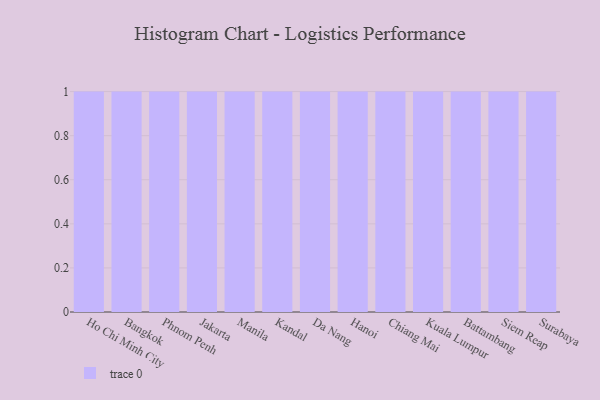
{"axis": {"x": "City", "y": "Waste Production (Tons)"}, "legend": [""], "data": [{"x": "Ho Chi Minh City", "y": 1, "type": ""}, {"x": "Bangkok", "y": 72, "type": ""}, {"x": "Phnom Penh", "y": 17, "type": ""}, {"x": "Jakarta", "y": 93, "type": ""}, {"x": "Manila", "y": 41, "type": ""}, {"x": "Kandal", "y": 9, "type": ""}, {"x": "Da Nang", "y": 84, "type": ""}, {"x": "Hanoi", "y": 32, "type": ""}, {"x": "Chiang Mai", "y": 79, "type": ""}, {"x": "Kuala Lumpur", "y": 99, "type": ""}, {"x": "Battambang", "y": 56, "type": ""}, {"x": "Siem Reap", "y": 79, "type": ""}, {"x": "Surabaya", "y": 88, "type": ""}]}